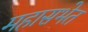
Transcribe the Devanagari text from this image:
महासभेत